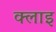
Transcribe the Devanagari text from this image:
क्लाइ